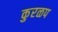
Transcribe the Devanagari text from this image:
कुरळप